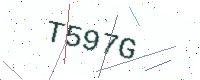
Text: T597G